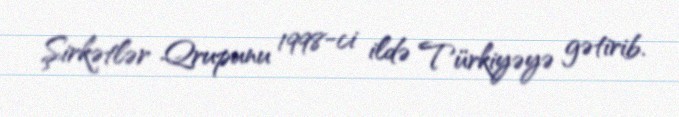
Şirkətlər Qrupunu 1998-ci ildə Türkiyəyə gətirib.